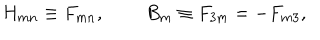
LaTeX: H _ { m n } \equiv F _ { m n } , \, \quad \quad B _ { m } \equiv F _ { 3 m } = - F _ { m 3 } , \,